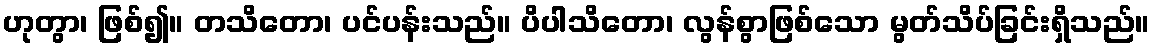
ဟုတွာ၊ ဖြစ်၍။ တသိတော၊ ပင်ပန်းသည်။ ပိပါသိတော၊ လွန်စွာဖြစ်သော မွတ်သိပ်ခြင်းရှိသည်။